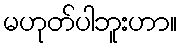
မဟုတ်ပါဘူးဟာ။